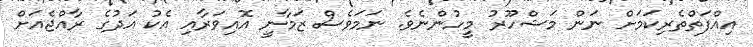
އިއްފަތްތެރިކަމަށް ނަން މަޝްހޫރު މީހުންނެވެ. ނަމަވެސް ޒަމާނީ އޮއިވަރާއި އެކު އަދުގެ ރާއްޖެއަށް